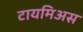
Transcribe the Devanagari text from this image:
टायमिअस